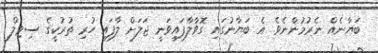
ބަޔާނެއް ނެރުމުންނެވެ. އެ ބަޔާނުގައި ގޮވާލާފައިވަނީ ޖަލަށް ލާފައި ހުރި ތުރުކީގެ ސިވިލް